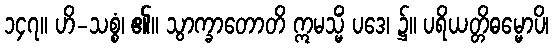
၁၄၇။ ဟိ-သစ္စံ၊ ၏။ သွာက္ခာတောတိ ဣမသ္မိံ ပဒေ၊ ၌။ ပရိယတ္တိဓမ္မောပိ၊